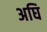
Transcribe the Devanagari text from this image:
अघि